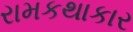
રામકથાકાર